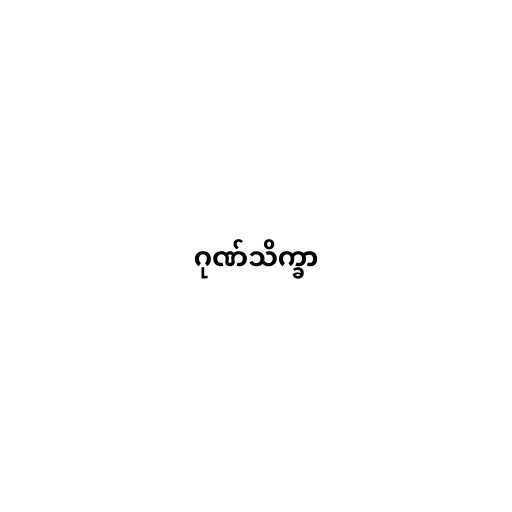
ဂုဏ်သိက္ခာ